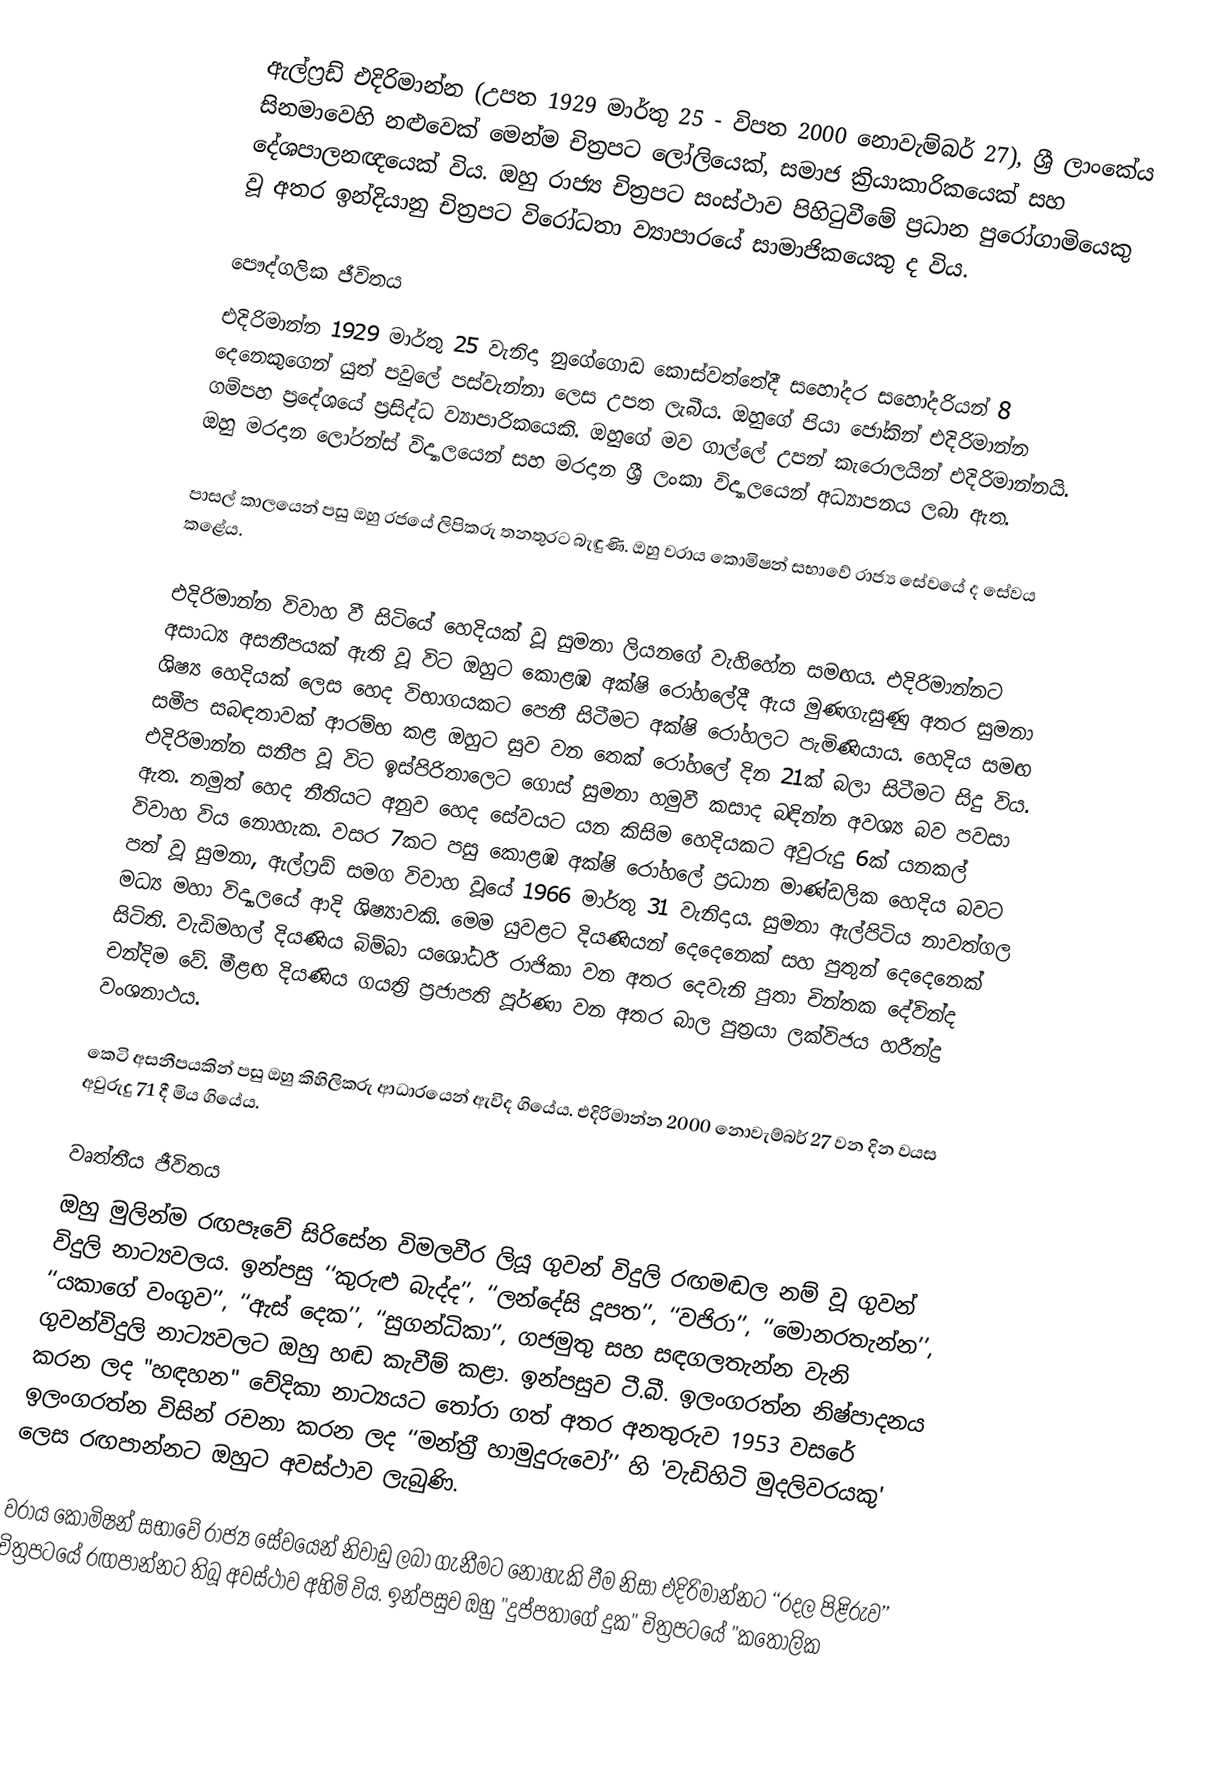
ඇල්ෆ්‍රඩ් එදිරිමාන්න (උපත 1929 මාර්තු 25 - විපත 2000 නොවැම්බර් 27), ශ්‍රී ලාංකේය සිනමාවෙහි නළුවෙක් මෙන්ම චිත්‍රපට ලෝලියෙක්, සමාජ ක්‍රියාකාරිකයෙක් සහ දේශපාලනඥයෙක් විය. ඔහු රාජ්‍ය චිත්‍රපට සංස්ථාව පිහිටුවීමේ ප්‍රධාන පුරෝගාමියෙකු වූ අතර ඉන්දියානු චිත්‍රපට විරෝධතා ව්‍යාපාරයේ සාමාජිකයෙකු ද විය.

පෞද්ගලික ජීවිතය
එදිරිමාන්න 1929 මාර්තු 25 වැනිදා නුගේගොඩ කොස්වත්තේදී සහෝදර සහෝදරියන් 8 දෙනෙකුගෙන් යුත් පවුලේ පස්වැන්නා ලෙස උපත ලැබීය. ඔහුගේ පියා ජෝකින් එදිරිමාන්න ගම්පහ ප්‍රදේශයේ ප්‍රසිද්ධ ව්‍යාපාරිකයෙකි. ඔහුගේ මව ගාල්ලේ උපන් කැරොලයින් එදිරිමාන්නයි. ඔහු මරදාන ලෝරන්ස් විද්‍යාලයෙන් සහ මරදාන ශ්‍රී ලංකා විද්‍යාලයෙන් අධ්‍යාපනය ලබා ඇත.

පාසල් කාලයෙන් පසු ඔහු රජයේ ලිපිකරු තනතුරට බැඳුණි. ඔහු වරාය කොමිෂන් සභාවේ රාජ්‍ය සේවයේ ද සේවය කළේය.

එදිරිමාන්න විවාහ වී සිටියේ හෙදියක් වූ සුමනා ලියනගේ වැහිහේන සමඟය. එදිරිමාන්නට අසාධ්‍ය අසනීපයක් ඇති වූ විට ඔහුට කොළඹ අක්ෂි රෝහලේදී ඇය මුණගැසුණු අතර සුමනා ශිෂ්‍ය හෙදියක් ලෙස හෙද විභාගයකට පෙනී සිටීමට අක්ෂි රෝහලට පැමිණියාය. හෙදිය සමඟ සමීප සබඳතාවක් ආරම්භ කළ ඔහුට සුව වන තෙක් රෝහලේ දින 21ක් බලා සිටීමට සිදු විය. එදිරිමාන්න සනීප වූ විට ඉස්පිරිතාලෙට ගොස් සුමනා හමුවී කසාද බඳින්න අවශ්‍ය බව පවසා ඇත. නමුත් හෙද නීතියට අනුව හෙද සේවයට යන කිසිම හෙදියකට අවුරුදු 6ක් යනකල් විවාහ විය නොහැක. වසර 7කට පසු කොළඹ අක්ෂි රෝහලේ ප්‍රධාන මාණ්ඩලික හෙදිය බවට පත් වූ සුමනා, ඇල්ෆ්‍රඩ් සමග විවාහ වූයේ 1966 මාර්තු 31 වැනිදාය. සුමනා ඇල්පිටිය නාවත්ගල මධ්‍ය මහා විද්‍යාලයේ ආදි ශිෂ්‍යාවකි. මෙම යුවළට දියණියන් දෙදෙනෙක් සහ පුතුන් දෙදෙනෙක් සිටිති. වැඩිමහල් දියණිය බිම්බා යශෝධරී රාජිකා වන අතර දෙවැනි පුතා චින්තක දේවින්ද චන්දිම වේ. මීළඟ දියණිය ගයත්‍රි ප්‍රජාපති පූර්ණා වන අතර බාල පුත්‍රයා ලක්විජය හරීන්ද්‍ර වංශනාථය.

කෙටි අසනීපයකින් පසු ඔහු කිහිලිකරු ආධාරයෙන් ඇවිද ගියේය. එදිරිමාන්න 2000 නොවැම්බර් 27 වන දින වයස අවුරුදු 71 දී මිය ගියේය.

වෘත්තීය ජීවිතය
ඔහු මුලින්ම රඟපෑවේ සිරිසේන විමලවීර ලියූ ගුවන් විදුලි රඟමඬල නම් වූ ගුවන් විදුලි නාට්‍යවලය. ඉන්පසු ‘‘කුරුළු බැද්ද’’, ‘‘ලන්දේසි දූපත’’, ‘‘වජිරා’’, ‘‘මොනරතැන්න’’, ‘‘යකාගේ වංගුව’’, ‘‘ඇස් දෙක’’, ‘‘සුගන්ධිකා’’, ගජමුතු සහ සඳගලතැන්න වැනි ගුවන්විදුලි නාට්‍යවලට ඔහු හඬ කැවීම් කළා. ඉන්පසුව ටී.බී. ඉලංගරත්න නිෂ්පාදනය කරන ලද "හඳහන" වේදිකා නාට්‍යයට තෝරා ගත් අතර අනතුරුව 1953 වසරේ ඉලංගරත්න විසින් රචනා කරන ලද ‘‘මන්ත‍්‍රී හාමුදුරුවෝ’’ හි 'වැඩිහිටි මුදලිවරයකු' ලෙස රඟපාන්නට ඔහුට අවස්ථාව ලැබුණි.

වරාය කොමිෂන් සභාවේ රාජ්‍ය සේවයෙන් නිවාඩු ලබා ගැනීමට නොහැකි වීම නිසා එදිරිමාන්නට ‘‘රදල පිළිරුව’’ චිත්‍රපටයේ රඟපාන්නට තිබූ අවස්ථාව අහිමි විය. ඉන්පසුව ඔහු "දුප්පතාගේ දුක" චිත්‍රපටයේ "කතෝලික